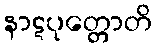
နာဋပုတ္တောတိ